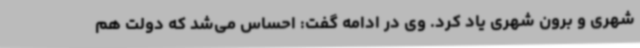
شهری و برون شهری یاد کرد. وی در ادامه گفت: احساس می‌شد که دولت هم